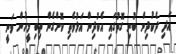
އަދި ދެކުދިން ބުނި ގޮތުގައި އެކުދިން އަޅުވެތި ކޮށްގެން ތިބި މީހުން ވަނީ